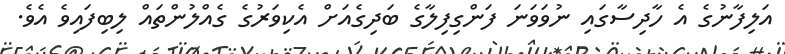
އަލިފާނުގެ އެ ހާދިސާގައި ނުވަވަނަ ފަންގިފިލާގެ ބަދިގެއަށް އެކިވަރުގެ ގެއްލުންތައް ލިބިފައިވެ އެވެ.